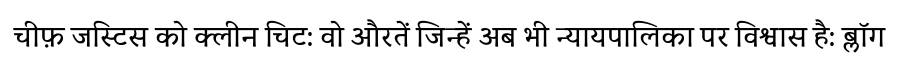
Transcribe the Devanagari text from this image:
चीफ़ जस्टिस को क्लीन चिट: वो औरतें जिन्हें अब भी न्यायपालिका पर विश्वास है: ब्लॉग